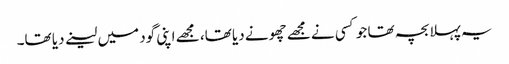
یہ پہلا بچہ تھا جو کسی نے مجھے چھونے دیا تھا، مجھے اپنی گود میں لینے دیا تھا۔